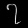
Digit: ၇